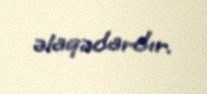
əlaqədardır.